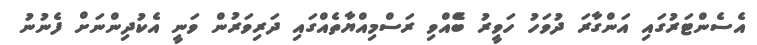
އެސެންޓަރުުގައި އަންގާރަ ދުވަހު ހަވީރު ބޭެއްވި ރަސްމިއްޔާތެއްގައި ދަރިވަރުން ވަނީ އެކުދިންނަށް ފެނުނު